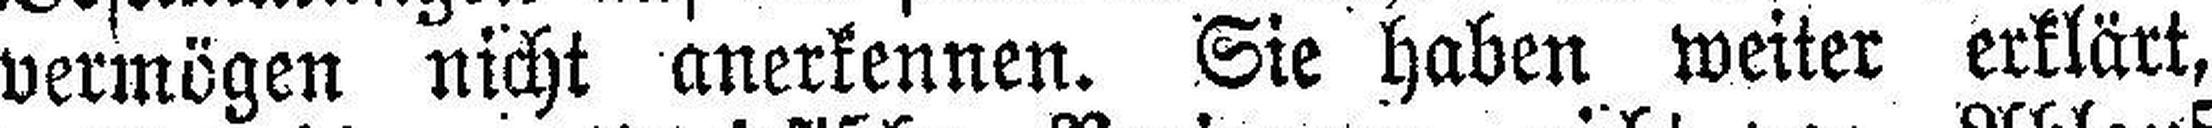
vermögen nicht anerkennen. Sie haben weiter erklärt,